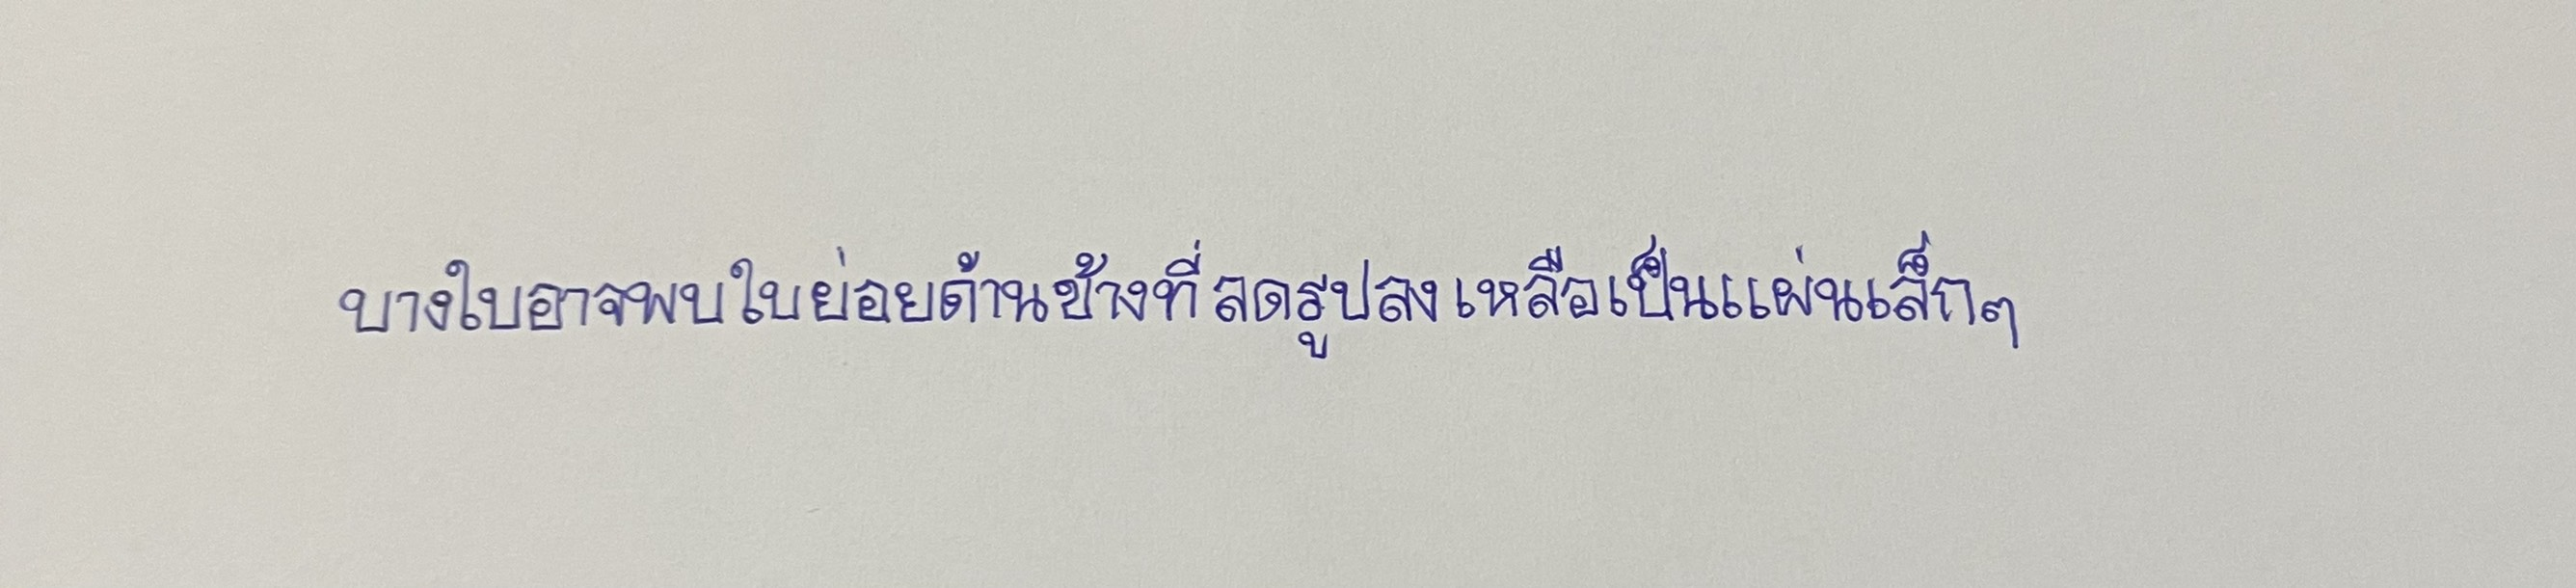
บางใบอาจพบใบย่อยด้านข้างที่ลดรูปลงเหลือเป็นแผ่นเล็กๆ